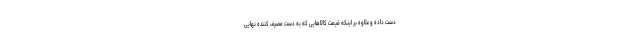
دست داده و علاوه بر اینکه قیمت کالاهایی که به دست مصرف کننده نهایی